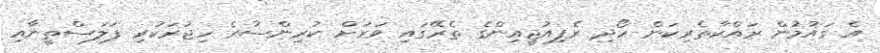
އެ ގައުމުން ރައްކާތެރިކަން ހޯދި ރެފިއުޖީއިންގެ ތެރޭގައި ވަރަށް ކުރިންސުރެ ހިޖުރަކުރި ފަލަސްތީނާއި